Sanitation, dispensaries and jails vaccination Rajputana 1922-1927 - 1922-1927
Year: 1922
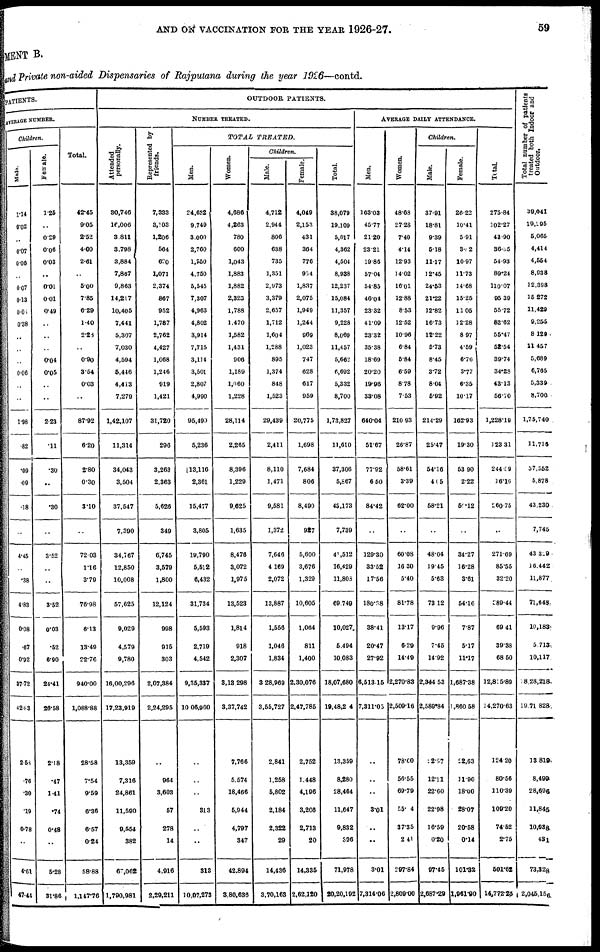
AND ON VACCINATION FOR THE YEAR 1926-27.
59
MENT B.
and Private non-aided Dispensaries of Rajputana during the year 1926—contd.
PATIENTS.
AVERAGE NUMBER.
Children.
Male.
1.14
0.02
..
0.07
0.08
..
0.07
0.13
0.05
0.38
..
..
..
0.06
..
..
1.98
.82
.09
.09
.18
..
4.45
..
.38
4.83
0.08
.67
0.92
37.72
42.83
2.53
.76
.30
.19
0.78
..
4.61
47.44
Female.
1.25
..
0.29
0.06
0.03
..
0.01
0.01
0.49
..
..
..
0.04
0.05
..
..
2.23
.11
.30
..
.30
..
3.52
..
..
3.52
0.03
.52
6.90
24.41
26.58
2.18
.47
1.41
.74
0.48
..
5.28
31.80
Total.
42.45
9.05
2.52
4.00
2.61
..
5.00
7.85
6.29
1.40
2.23
..
0.90
3.54
0.03
..
87.92
6.20
2.80
0.30
3.10
..
72.03
1.16
3.79
76.98
6.13
13.49
22.76
940.00
1,088.88
28.58
7.54
9.59
6.36
6.57
0.24
58.88
1,147.76
OUTDOOR PATIENTS.
NUMBER TREATED.
Attended
personally.
30,746
16,006
3,811
3,798
3,884
7,867
9,863
14,217
10,405
7,441
5,307
7,030
4,594
5,446
4,413
7,279
1,42,107
11,314
34,043
3,504
37,547
7,390
34,767
12,850
10,008
57,625
9,029
4,579
9,780
16,00,296
17,23,919
13,359
7,316
24,861
11,590
9,654
382
67,062
1,790,981
Represented by
friends.
7,333
3,103
1,206
564
620
1,071
2,374
867
952
1,787
2,762
4,427
1,068
1,246
919
1,421
31,720
296
3,263
2,363
5,626
349
6,745
3,579
1,800
12,124
998
915
303
2,07,384
2,24,295
..
964
3,603
67
278
14
4,916
2,29,211
TOTAL
TREATED.
Men.
24,632
9,749
3,000
2,760
1,850
4,750
5,545
7,307
4,963
4,802
3,914
7,715
3,114
3,501
2,807
4,990
95,490
5,236
13,116
2,361
15,477
3,805
19,790
5,512
6,432
31,734
5,593
2,719
4,542
9,35,337
10,06,960
..
..
..
313
..
..
313
10,07,273
Women.
4,686
4,263
780
600
1,043
1,883
1,882
2,323
1,788
1,470
1,582
1,431
906
1,189
1,060
1,228
28,114
2,265
8,396
1,229
9,625
1,635
8,476
3,072
1,976
13,523
1,814
918
2,307
3,18 298
3,37,742
7,766
5,574
18,466
5,944
4,797
347
42,894
3,80,636
Children.
Male.
4,712
2,944
806
638
735
1,351
2,973
3,379
2,657
1,712
1,604
1,288
895
1,374
848
1,523
29,439
2,411
8,110
1,471
9,581
1,372
7,646
4,169
2,072
13,887
1,556
1,046
1,834
3 28,969
3,65,727
2,841
1,258
5,802
2,184
2,322
29
14,436
3,70,163
Female.
4,049
2,153
431
364
776
954
1,837
2,075
1,949
1,244
969
1,023
747
628
617
959
20,775
1,098
7,684
806
8,490
927
5,600
3,676
1,329
10,605
1,064
811
1,400
2,30,076
2,47,785
2,752
1,448
4,196
3,208
2,713
20
14,335
2,62,120
Total.
38,079
19,109
5,017
4,362
4,504
8,938
12,237
15,084
11,357
9,228
8,060
11,457
5,662
6,692
5,332
8,700
1,73,827
11,610
37,306
5,867
43,173
7,739
41,512
16,429
11,803
69,749
10,027
5,494
10,083
18,07,680
19,48,24
13,359
8,280
28,464
11,647
9,832
306
71,978
20,20,192
AVERAGE DAILY
ATTENDANCE.
Men.
163.03
45.77
21.20
23.21
19.86
57.04
54.85
46.04
23.32
41.09
23.32
35.38
18.69
20.20
19.96
33.08
640.04
51.67
77.92
6.50
84.42
..
129.30
33.52
17.56
180.38
38.41
20.47
27.92
6,513.15
7,311.03
..
..
..
3.01
..
..
3.01
7,314.06
Women.
48.68
27.28
7.40
4.14
12.93
14.02
16.01
12.88
8.53
12.52
10.96
6.84
5.84
6.59
878
7.53
210.93
26.87
58.61
3.39
62.00
..
60.08
16.30
5.40
81.78
13.17
6.29
14.49
2,270.83
2,509.16
78.60
56.55
69.79
55.04
37.35
2.41
297.84
2,809.00
Children.
Male.
37.91
18.81
9.39
5.18
11.17
12.45
24.53
21.22
12.82
16.73
12.22
5.73
8.45
3.72
8.04
5.92
214.29
25.47
54.16
405
58.21
..
48.04
19.45
5.63
73.12
9.96
7.45
14.92
2,344.53
2,589.84
12.97
12.11
22.60
22.98
16.59
0.20
97.45
2,687.29
Female.
26.22
10.41
5.91
3.82
10.97
11.73
14.68
15.25
11.05
12.28
8 97
4.59
6.76
3.77
6.35
10.17
162.93
19.30
53.90
2.22
59.12
..
34.27
16.28
3.61
54.16
787
517
11.17
1,687.38
1,860.58
22,63
11.90
18.00
28.07
20.58
0.14
101.32
1,961.90
Total.
275.84
102.27
43.90
36.35
54.93
89.24
110.07
95.39
55.72
82.62
55.47
52.54
39.74
34.28
43.13
56.70
1,228.19
123.31
244.59
16.16
260.75
..
271.69
85.55
32.20
389.44
69.41
39.38
68.50
12,815.89
14,270.63
124.20
80.56
110.39
109.20
74.52
2.75
501.62
14,772.25
Total number of patients
treated both Indoor and
Outdoor.
39,041
19,295
5,065
4,414
4,554
8,938
12,398
15,272
11,429
9,255
8,129
11,457
5,689
6,765
5,339
8,700
1,75,740
11,716
37,352
5,878
43,230
7,745
43,339
16.442
11,877
71,648
10,183
5,713
10,117
18,28,218
19,71,828
13 819
8,499
28,696
11,845
10,038
431
73,328
2,045.156